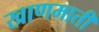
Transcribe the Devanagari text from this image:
खाणमाती